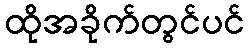
ထိုအခိုက်တွင်ပင်